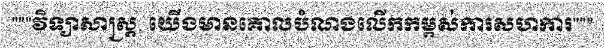
"""វិទ្យាសាស្ត្រ, យើងមានគោលបំណងលើកកម្ពស់ការសហការ"""